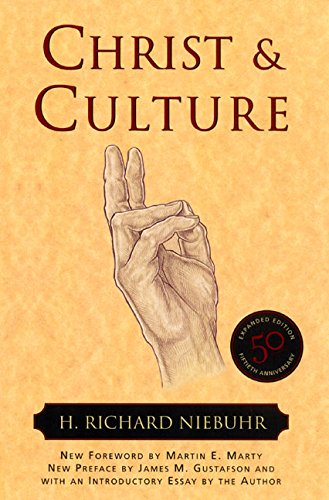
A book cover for Christ and Culture (Torchbooks); H. Richard Niebuhr; Reference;